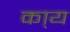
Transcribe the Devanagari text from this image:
का्य